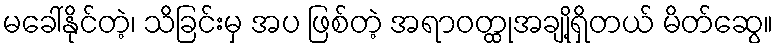
မခေါ်နိုင်တဲ့၊ သိခြင်းမှ အပ ဖြစ်တဲ့ အရာဝတ္ထုအချို့ရှိတယ် မိတ်ဆွေ။